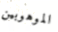
الموهوبين